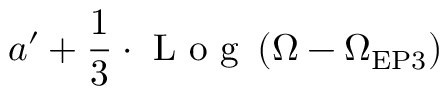
a ^ { \prime } + \frac { 1 } { 3 } \cdot \textrm { L o g } \left( \Omega - \Omega _ { \mathrm { { E P 3 } } } \right)